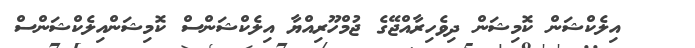
އިލެކްޝަން ކޮމިޝަން ދިވެހިރާއްޖޭގެ ޖުމްހޫރިއްޔާ އިލެކްޝަންސް ކޮމިޝަންއިލެކްޝަންސް